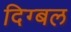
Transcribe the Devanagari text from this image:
दिग्बल